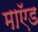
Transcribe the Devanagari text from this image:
माऍड